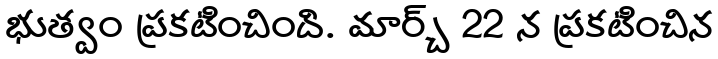
భుత్వం ప్రకటించింది. మార్చ్ 22 న ప్రకటించిన